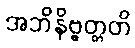
အဘိနိဗ္ဗတ္တတိ